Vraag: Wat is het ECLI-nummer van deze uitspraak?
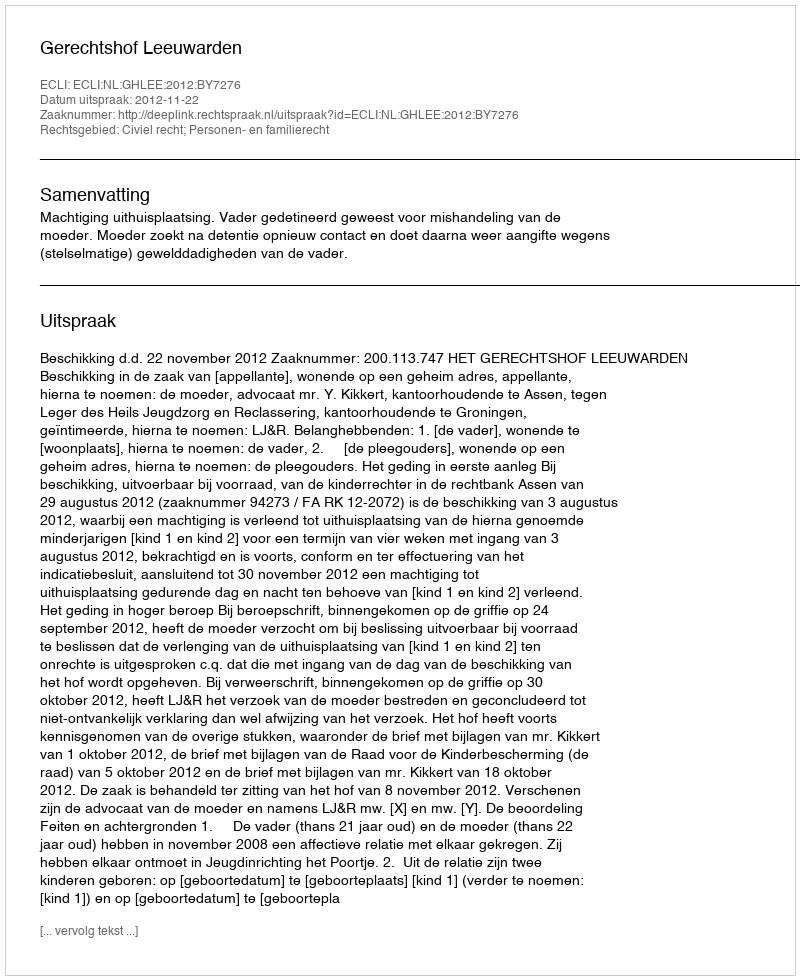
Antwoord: ECLI:NL:GHLEE:2012:BY7276